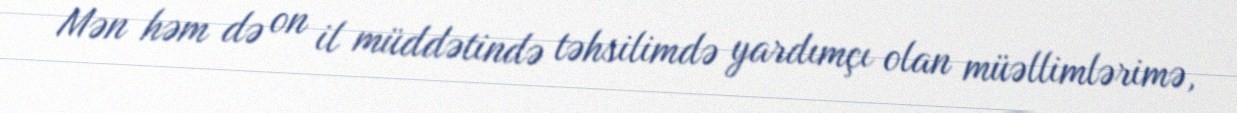
Mən həm də on il müddətində təhsilimdə yardımçı olan müəllimlərimə,